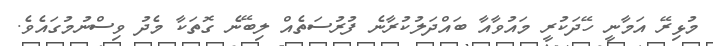
މުޅިރޭ އަމާނީ ހޭދަކުރީ މައުވާއާ ބައްދަލުކުރާނެ ފުރުސަތެއް ލިބޭނެ ގޮތަކާ މެދު ވިސްނުމުގައެވެ.